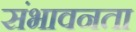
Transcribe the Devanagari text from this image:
संभावनता